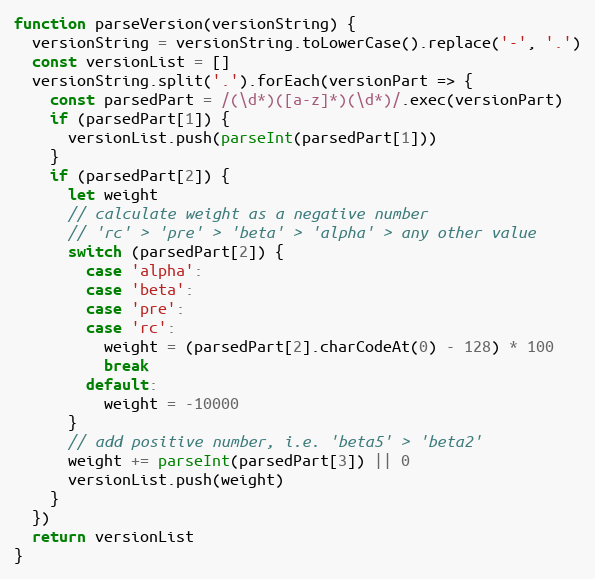
Language: JavaScript
function parseVersion(versionString) {
  versionString = versionString.toLowerCase().replace('-', '.')
  const versionList = []
  versionString.split('.').forEach(versionPart => {
    const parsedPart = /(\d*)([a-z]*)(\d*)/.exec(versionPart)
    if (parsedPart[1]) {
      versionList.push(parseInt(parsedPart[1]))
    }
    if (parsedPart[2]) {
      let weight
      // calculate weight as a negative number
      // 'rc' > 'pre' > 'beta' > 'alpha' > any other value
      switch (parsedPart[2]) {
        case 'alpha':
        case 'beta':
        case 'pre':
        case 'rc':
          weight = (parsedPart[2].charCodeAt(0) - 128) * 100
          break
        default:
          weight = -10000
      }
      // add positive number, i.e. 'beta5' > 'beta2'
      weight += parseInt(parsedPart[3]) || 0
      versionList.push(weight)
    }
  })
  return versionList
}